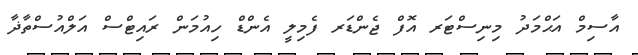
އާސިމް އަޙްމަދު މިނިސްޓަރ އޮފް ޖެންޑަރ ފެމިލީ އެންޑް ހިއުމަން ރައިޓްސް އަލްއުސްތާޛާ